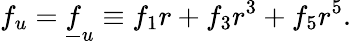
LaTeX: f_{u}=\underline{{{f}}}_{u}\equiv f_{1}r+f_{3}r^{3}+f_{5}r^{5}.